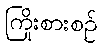
ကြိုးစားစဉ်